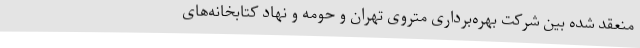
منعقد شده بین شرکت بهره‌برداری متروی تهران و حومه و نهاد کتابخانه‌های